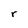
Character: r